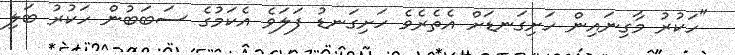
"ހަކުރު މާގިނައިން ހަށިގަނޑަށް އެތެރެވެ ހަށިގަނޑު ފަލަވެ އެކަމުގެ ސަބަބުން ހަކުރު ބަލި